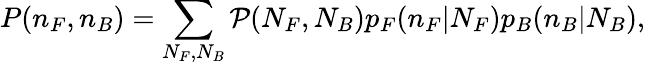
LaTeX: P(n_{F},n_{B})=\sum_{N_{F},N_{B}}{\cal P}(N_{F},N_{B})p_{F}(n_{F}|N_{F})p_{B}(n_{B}|N_{B}),